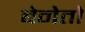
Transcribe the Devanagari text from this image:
बेनेतो